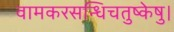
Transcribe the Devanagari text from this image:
वामकरसन्धिचतुष्केषु।